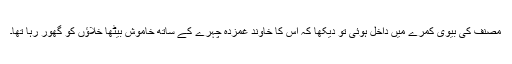
مصنف کی بیوی کمرے میں داخل ہوئی تو دیکھا کہ اُس کا خاوند غمزدہ چہرے کے ساتھ خاموش بیٹھا خلاؤں کو گُھور رہا تھا۔